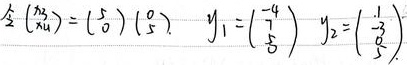
\[\begin{align*}
z&=\frac{(1 + i)^{2}}{1 - 4i}\\
&=\frac{1 + 2i + i^{2}}{1 - 4i}\\
&=\frac{1 + 2i - 1}{1 - 4i}\\
&=\frac{2i}{1 - 4i}
\end{align*}\]